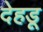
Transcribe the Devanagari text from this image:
देहडू